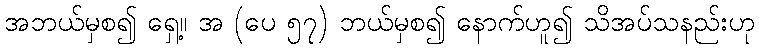
အဘယ်မှစ၍ ရှေ့။ အ (ပေ ၅၇) ဘယ်မှစ၍ နောက်ဟူ၍ သိအပ်သနည်းဟု